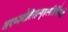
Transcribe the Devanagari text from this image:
अदध्ज्र्योतिरहन्वृहस्पतिर्भिनदद्रिं